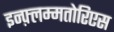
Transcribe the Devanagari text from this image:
इन्फ़्लम्मतोरिएस